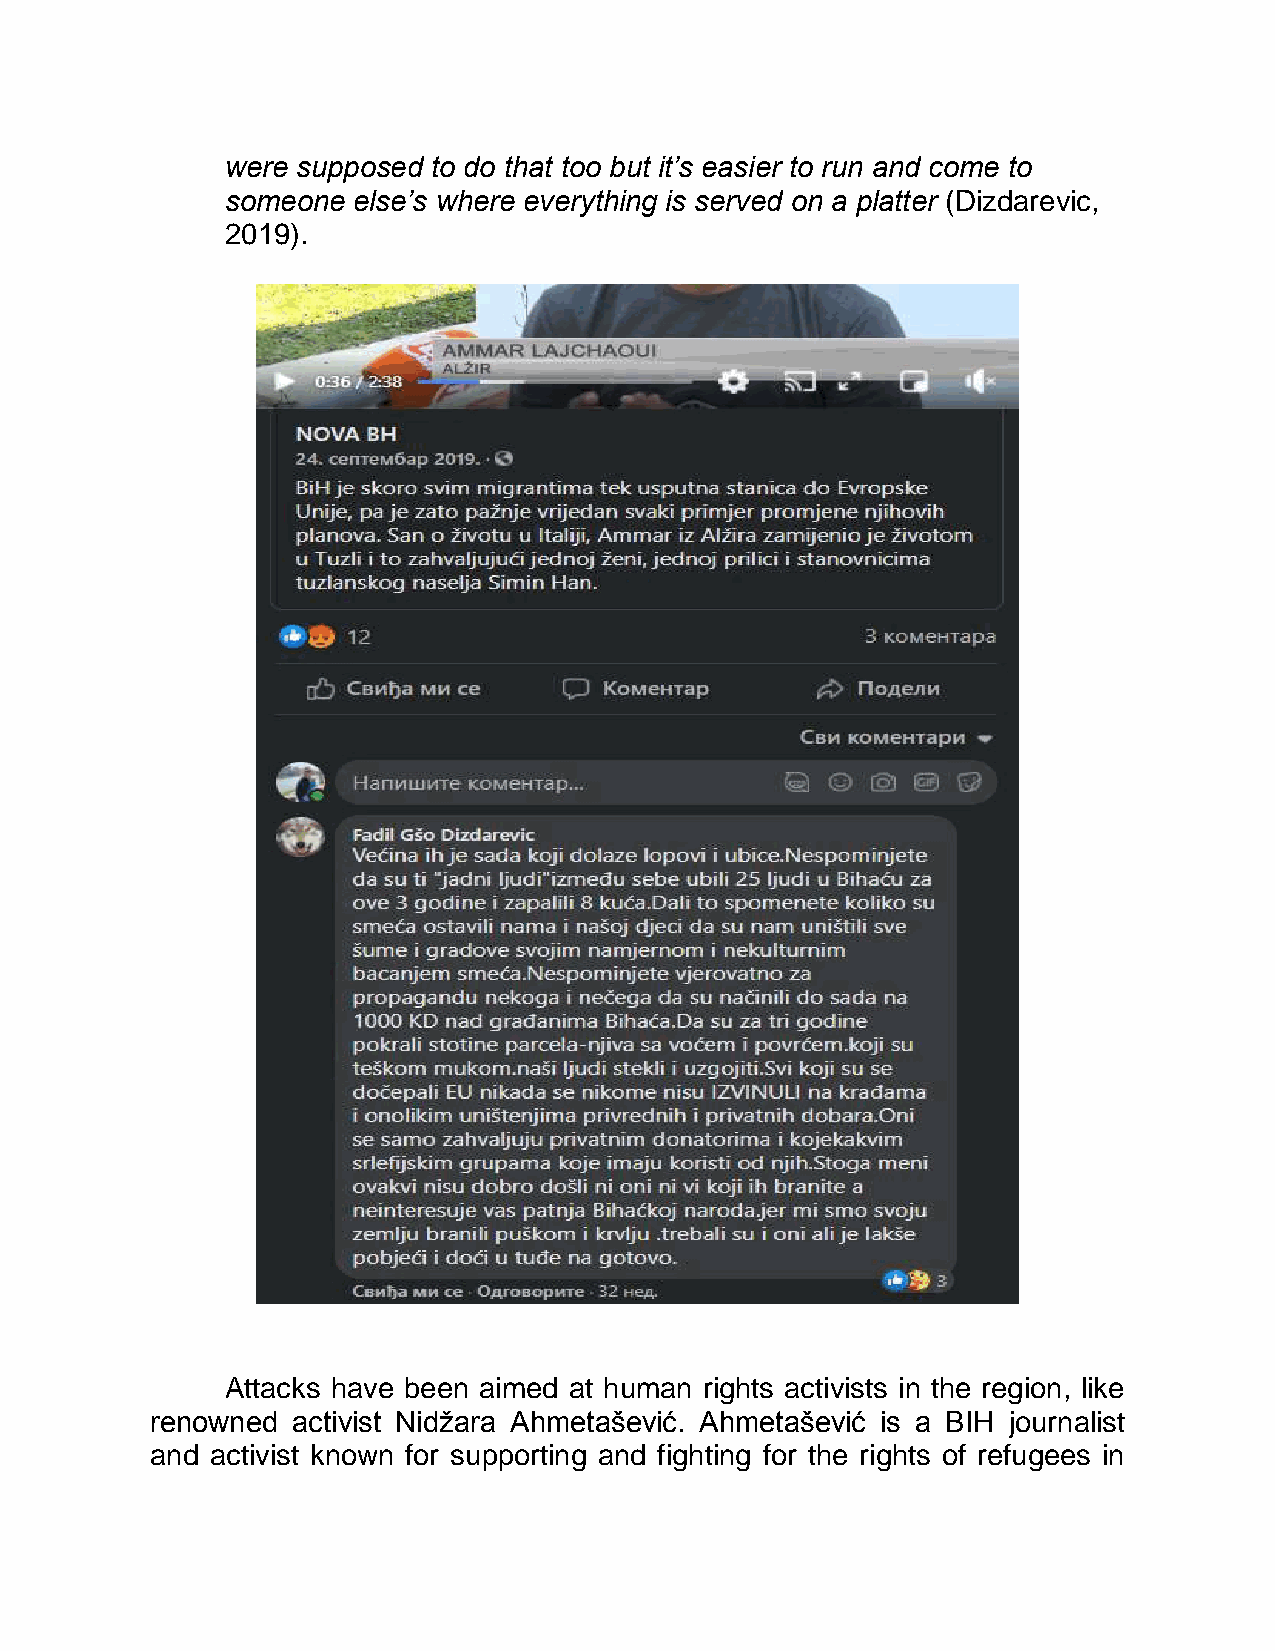
were supposed to do that too but it’s easier to run and come to
 someone else’s where everything is served on a platter (Dizdarevic,
 2019).
 Attacks have been aimed at human rights activists in the region, like
 renowned activist Nidžara Ahmetašević. Ahmetašević is a BIH journalist
 and activist known for supporting and fighting for the rights of refugees in